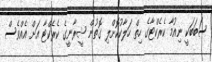
ސަބަބަކީ ނިއުމާ ކެރެކްޓާގެ ހިތް ހަލާކުކޮށްލި ގޮތުން ޝީރާނީގެ ކެރެކްޓާ އަށް އެއްވެސް